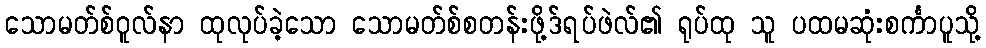
သောမတ်စ်ဝူလ်နာ ထုလုပ်ခဲ့သော သောမတ်စ်စတန်းဖို့ဒ်ရပ်ဖဲလ်၏ ရုပ်ထု သူ ပထမဆုံးစင်္ကာပူသို့